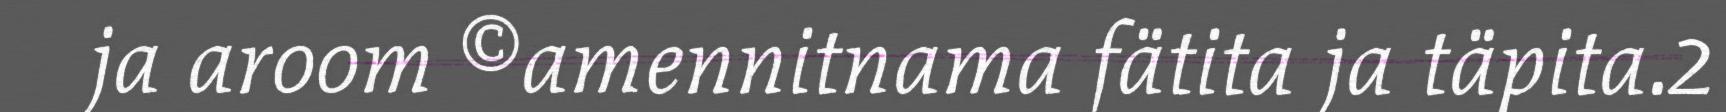
ja aroom ©amennitnama fätita ja täpita.2